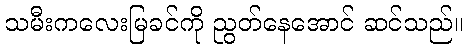
သမီးကလေးမြခင်ကို ညွတ်နေအောင် ဆင်သည်။